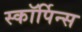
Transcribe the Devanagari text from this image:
स्कॉर्पिन्स